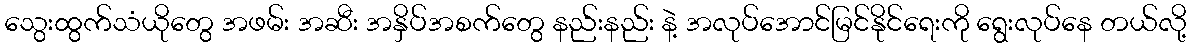
သွေးထွက်သံယိုတွေ အဖမ်း အဆီး အနှိပ်အစက်တွေ နည်းနည်း နဲ့ အလုပ်အောင်မြင်နိုင်ရေးကို ရွေးလုပ်နေ တယ်လို့